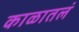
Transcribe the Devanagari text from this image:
काळातलं